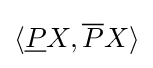
\langle {\underline {P}}X,{\overline {P}}X\rangle